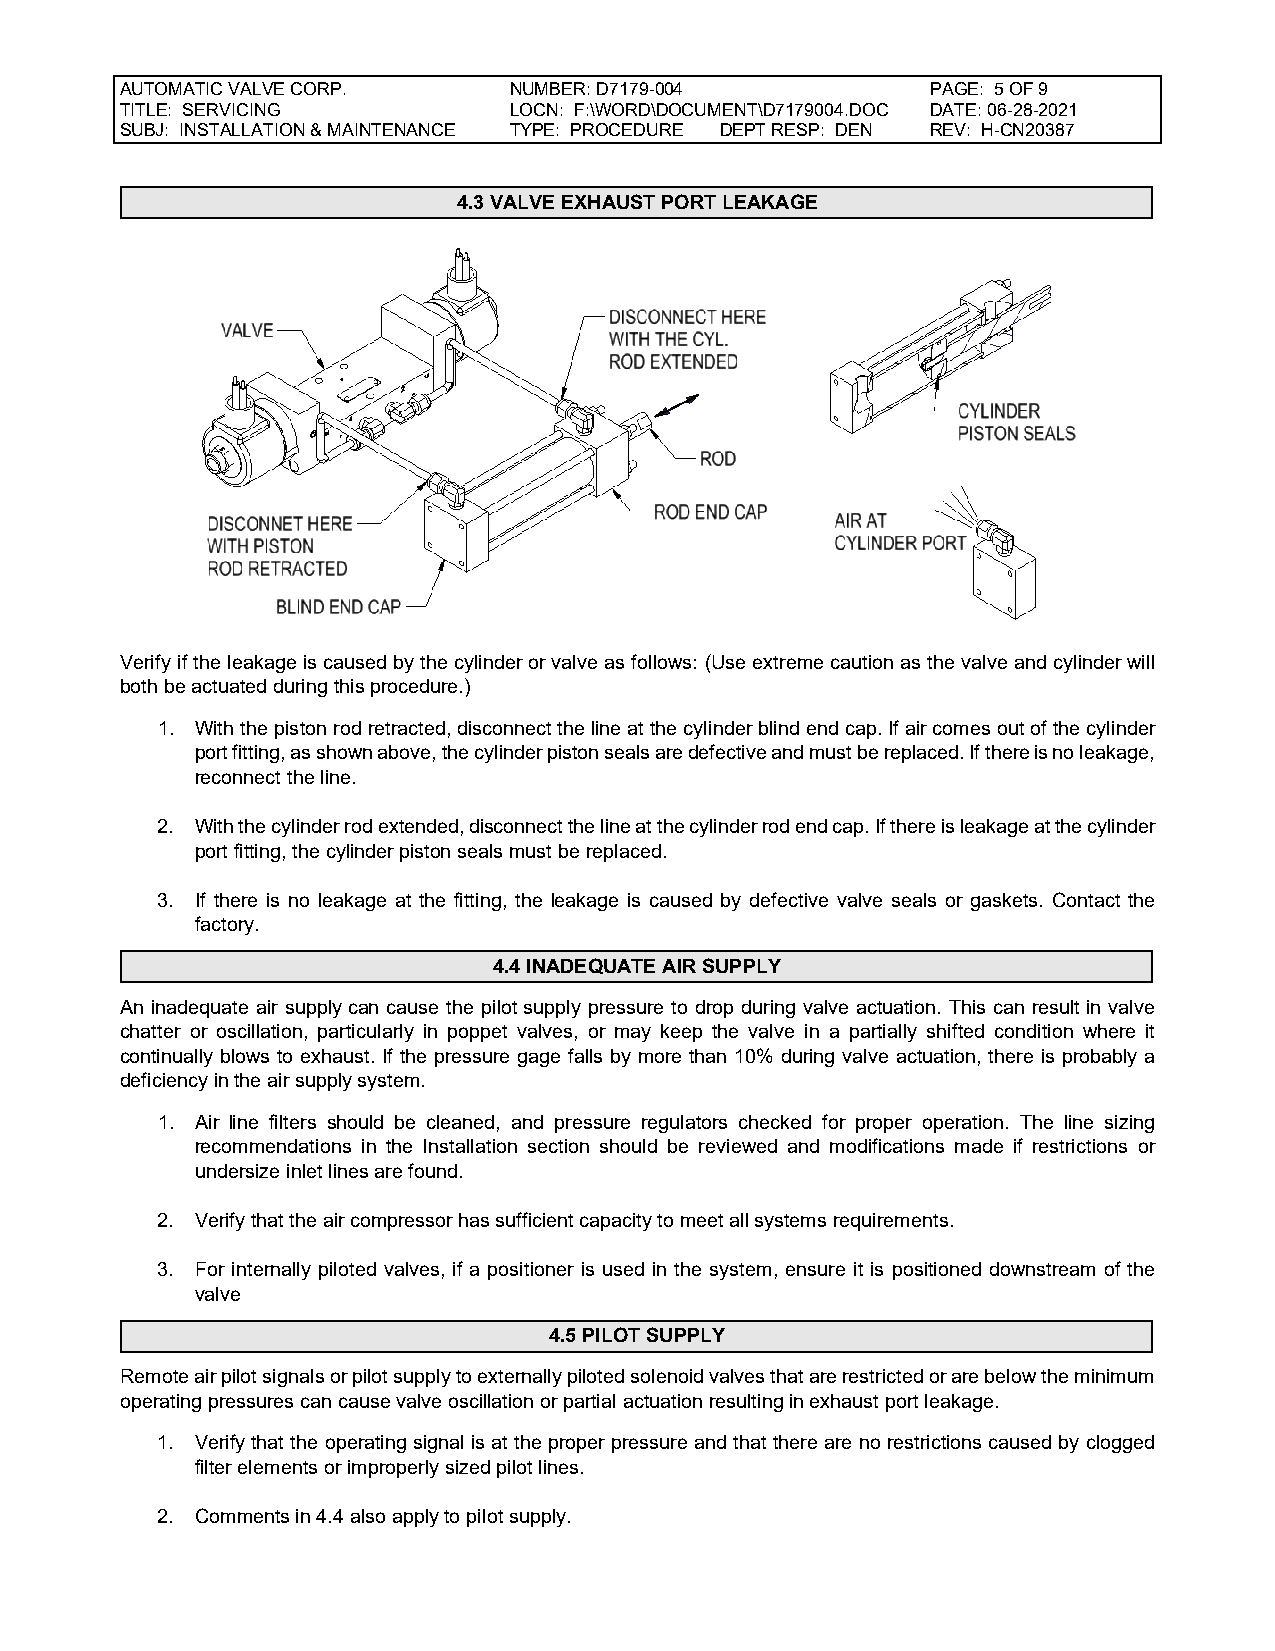
AUTOMATIC VALVE CORP.     NUMBER: D7179-004           PAGE: 5 OF 9
 TITLE: SERVICING          LOCN: F:\WORD\DOCUMENT\D7179004.DOC DATE: 06-28-2021
 SUBJ: INSTALLATION & MAINTENANCE TYPE: PROCEDURE DEPT RESP: DEN REV: H-CN20387
 4.3 VALVE EXHAUST PORT LEAKAGE
 Verify if the leakage is caused by the cylinder or valve as follows: (Use extreme caution as the valve and cylinder will
 both be actuated during this procedure.)
 1. With the piston rod retracted, disconnect the line at the cylinder blind end cap. If air comes out of the cylinder
 port fitting, as shown above, the cylinder piston seals are defective and must be replaced. If there is no leakage,
 reconnect the line.
 2. With the cylinder rod extended, disconnect the line at the cylinder rod end cap. If there is leakage at the cylinder
 port fitting, the cylinder piston seals must be replaced.
 3. If there is no leakage at the fitting, the leakage is caused by defective valve seals or gaskets. Contact the
 factory.
 4.4 INADEQUATE AIR SUPPLY
 An inadequate air supply can cause the pilot supply pressure to drop during valve actuation. This can result in valve
 chatter or oscillation, particularly in poppet valves, or may keep the valve in a partially shifted condition where it
 continually blows to exhaust. If the pressure gage falls by more than 10% during valve actuation, there is probably a
 deficiency in the air supply system.
 1. Air line filters should be cleaned, and pressure regulators checked for proper operation. The line sizing
 recommendations in the Installation section should be reviewed and modifications made if restrictions or
 undersize inlet lines are found.
 2. Verify that the air compressor has sufficient capacity to meet all systems requirements.
 3. For internally piloted valves, if a positioner is used in the system, ensure it is positioned downstream of the
 valve
 4.5 PILOT SUPPLY
 Remote air pilot signals or pilot supply to externally piloted solenoid valves that are restricted or are below the minimum
 operating pressures can cause valve oscillation or partial actuation resulting in exhaust port leakage.
 1. Verify that the operating signal is at the proper pressure and that there are no restrictions caused by clogged
 filter elements or improperly sized pilot lines.
 2. Comments in 4.4 also apply to pilot supply.